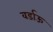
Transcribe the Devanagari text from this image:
वर्डाऊ